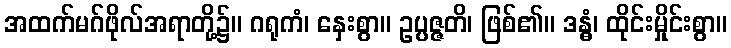
အထက်မဂ်ဖိုလ်အရာတို့၌။ ဂရုကံ၊ နှေးစွာ။ ဥပ္ပဇ္ဇတိ၊ ဖြစ်၏။ ဒန္ဓံ၊ ထိုင်းမှိုင်းစွာ။